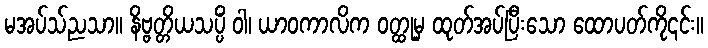
မအပ်သ်ညသာ။ နိဗ္ဗတ္တိယသပ္ပိံ ဝါ၊ ယာဝကာလိက ဝတ္ထုမှ ထုတ်အပ်ပြီးသော ထောပတ်ကို၎င်း။